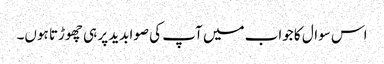
اس سوال کا جواب میں آپ کی صوابدید پر ہی چھوڑتا ہوں۔